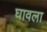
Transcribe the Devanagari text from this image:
घावला